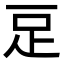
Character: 𧾸